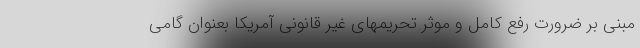
مبنی بر ضرورت رفع کامل و موثر تحریمهای غیر قانونی آمریکا بعنوان گامی